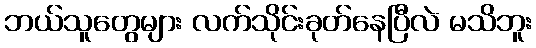
ဘယ်သူတွေများ လက်သိုင်းခုတ်နေပြီလဲ မသိဘူး